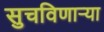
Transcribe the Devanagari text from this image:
सुचविणाऱ्या